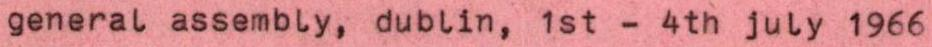
general assembly, dublin, 1st - 4th july 1966